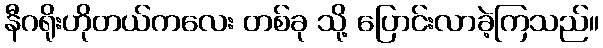
နီဂရိုးဟိုတယ်ကလေး တစ်ခု သို့ ပြောင်းလာခဲ့ကြသည်။